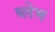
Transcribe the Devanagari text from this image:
ब्लेम